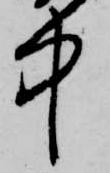
中